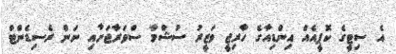
އެ ސިޓީގެ ކޮޕީއެއް އިންޑިއާގެ ހާރިޖީ ވަޒީރުު ސުޝްމާ ސްވަރާޖަށާއި ނަން ރެސިޑެންޓް